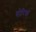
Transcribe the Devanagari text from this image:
योरिक